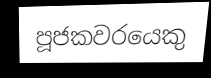
පූජකවරයෙකු